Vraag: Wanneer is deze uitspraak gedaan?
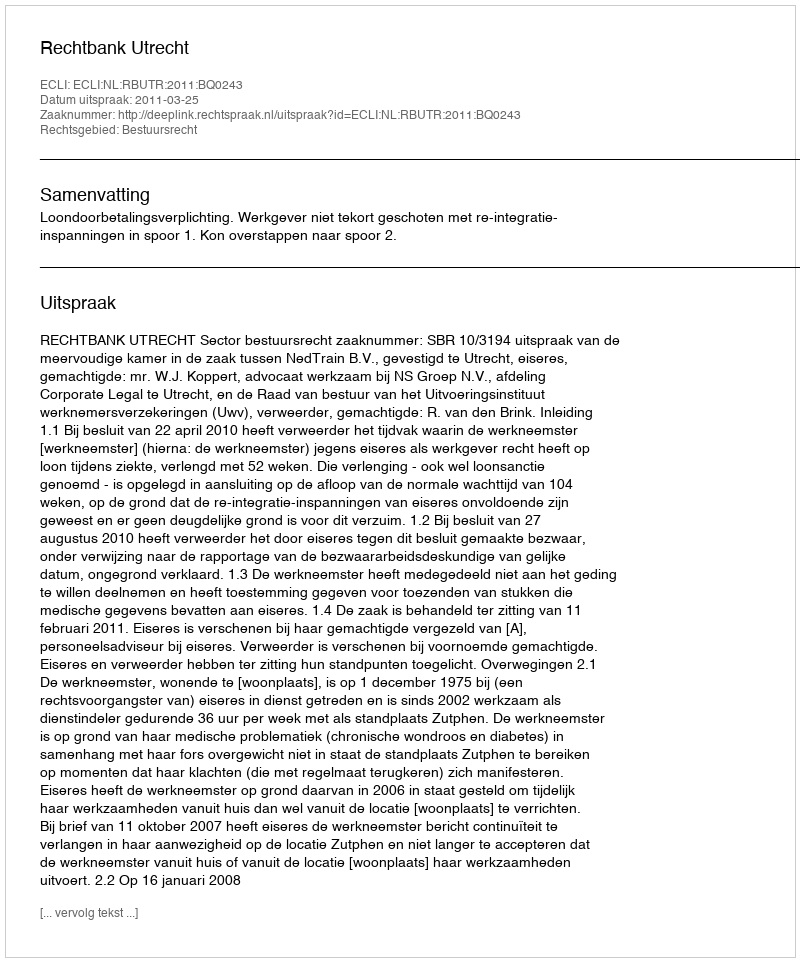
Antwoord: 2011-03-25